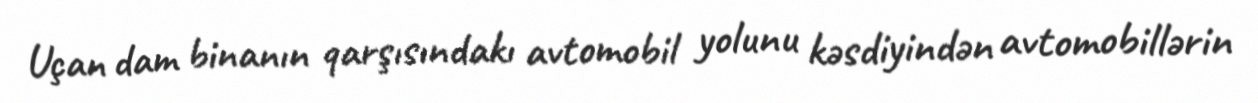
Uçan dam binanın qarşısındakı avtomobil yolunu kəsdiyindən avtomobillərin